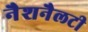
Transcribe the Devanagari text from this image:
नैशनैलटी